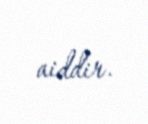
aiddir.